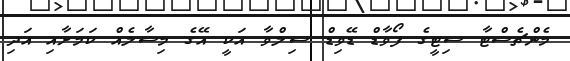
މެންޗެސްޓާ ސިޓީގެ ފޯވާޑް ޑޭވިޑް ސިލްވާ އަކީ އޭގެ މިސާލެއް ކަމަށާއި އަދި